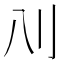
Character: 𰄙